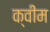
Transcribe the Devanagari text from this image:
क्वीम